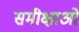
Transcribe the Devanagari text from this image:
समीक्षाओ